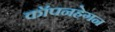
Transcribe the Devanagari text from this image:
कॉपनहेगन